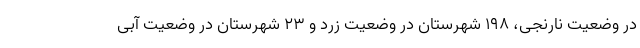
در وضعیت نارنجی، ۱۹۸ شهرستان در وضعیت زرد و ۲۳ شهرستان در وضعیت آبی